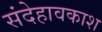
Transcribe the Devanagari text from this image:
संदेहावकाश